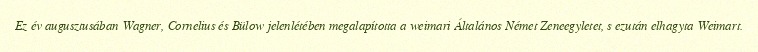
Ez év augusztusában Wagner, Cornelius és Bülow jelenlétében megalapította a weimari Általános Német Zeneegyletet, s ezután elhagyta Weimart.